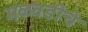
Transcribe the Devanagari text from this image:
मळवडीचे